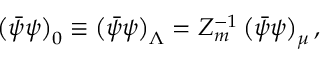
\left( \bar { \psi } \psi \right) _ { 0 } \equiv \left( \bar { \psi } \psi \right) _ { \Lambda } = Z _ { m } ^ { - 1 } \left( \bar { \psi } \psi \right) _ { \mu } ,